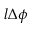
l \Delta \phi